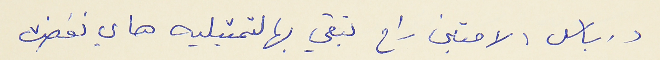
درباس : لامتين راح تبقي بهالتمثيليه هاي نخضت